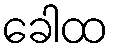
ခေါထ